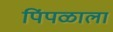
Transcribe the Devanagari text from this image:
पिंपळाला